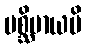
ပစ္ဆိမာယပိ